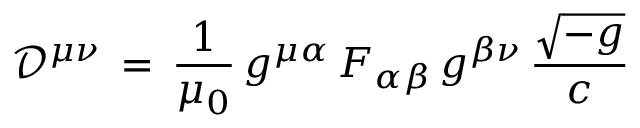
{ \mathcal { D } } ^ { \mu \nu } \, = \, { \frac { 1 } { \mu _ { 0 } } } \, g ^ { \mu \alpha } \, F _ { \alpha \beta } \, g ^ { \beta \nu } \, { \frac { \sqrt { - g } } { c } }